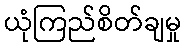
ယုံကြည်စိတ်ချမှု